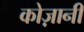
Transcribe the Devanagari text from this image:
कोज़ानी